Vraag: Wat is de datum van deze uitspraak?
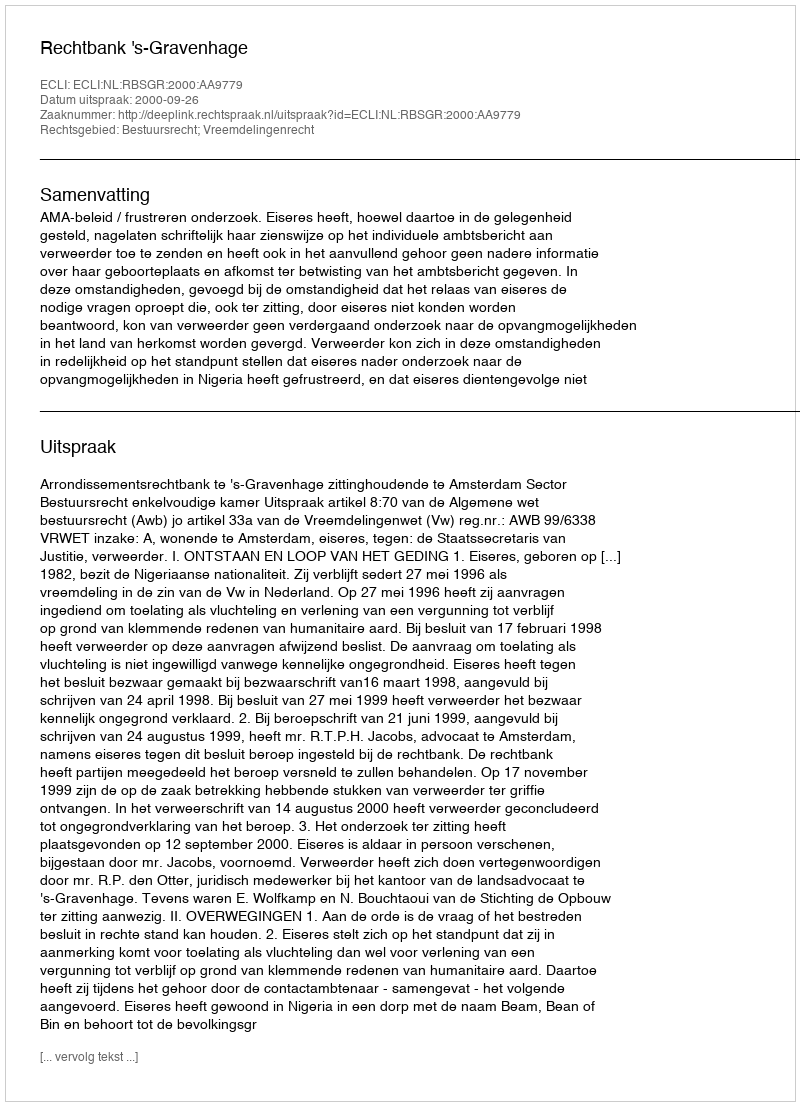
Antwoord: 2000-09-26